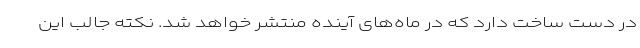
در دست ساخت دارد که در ماه‌های آینده منتشر خواهد شد. نکته جالب این